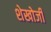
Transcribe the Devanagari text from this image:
शेखोजी